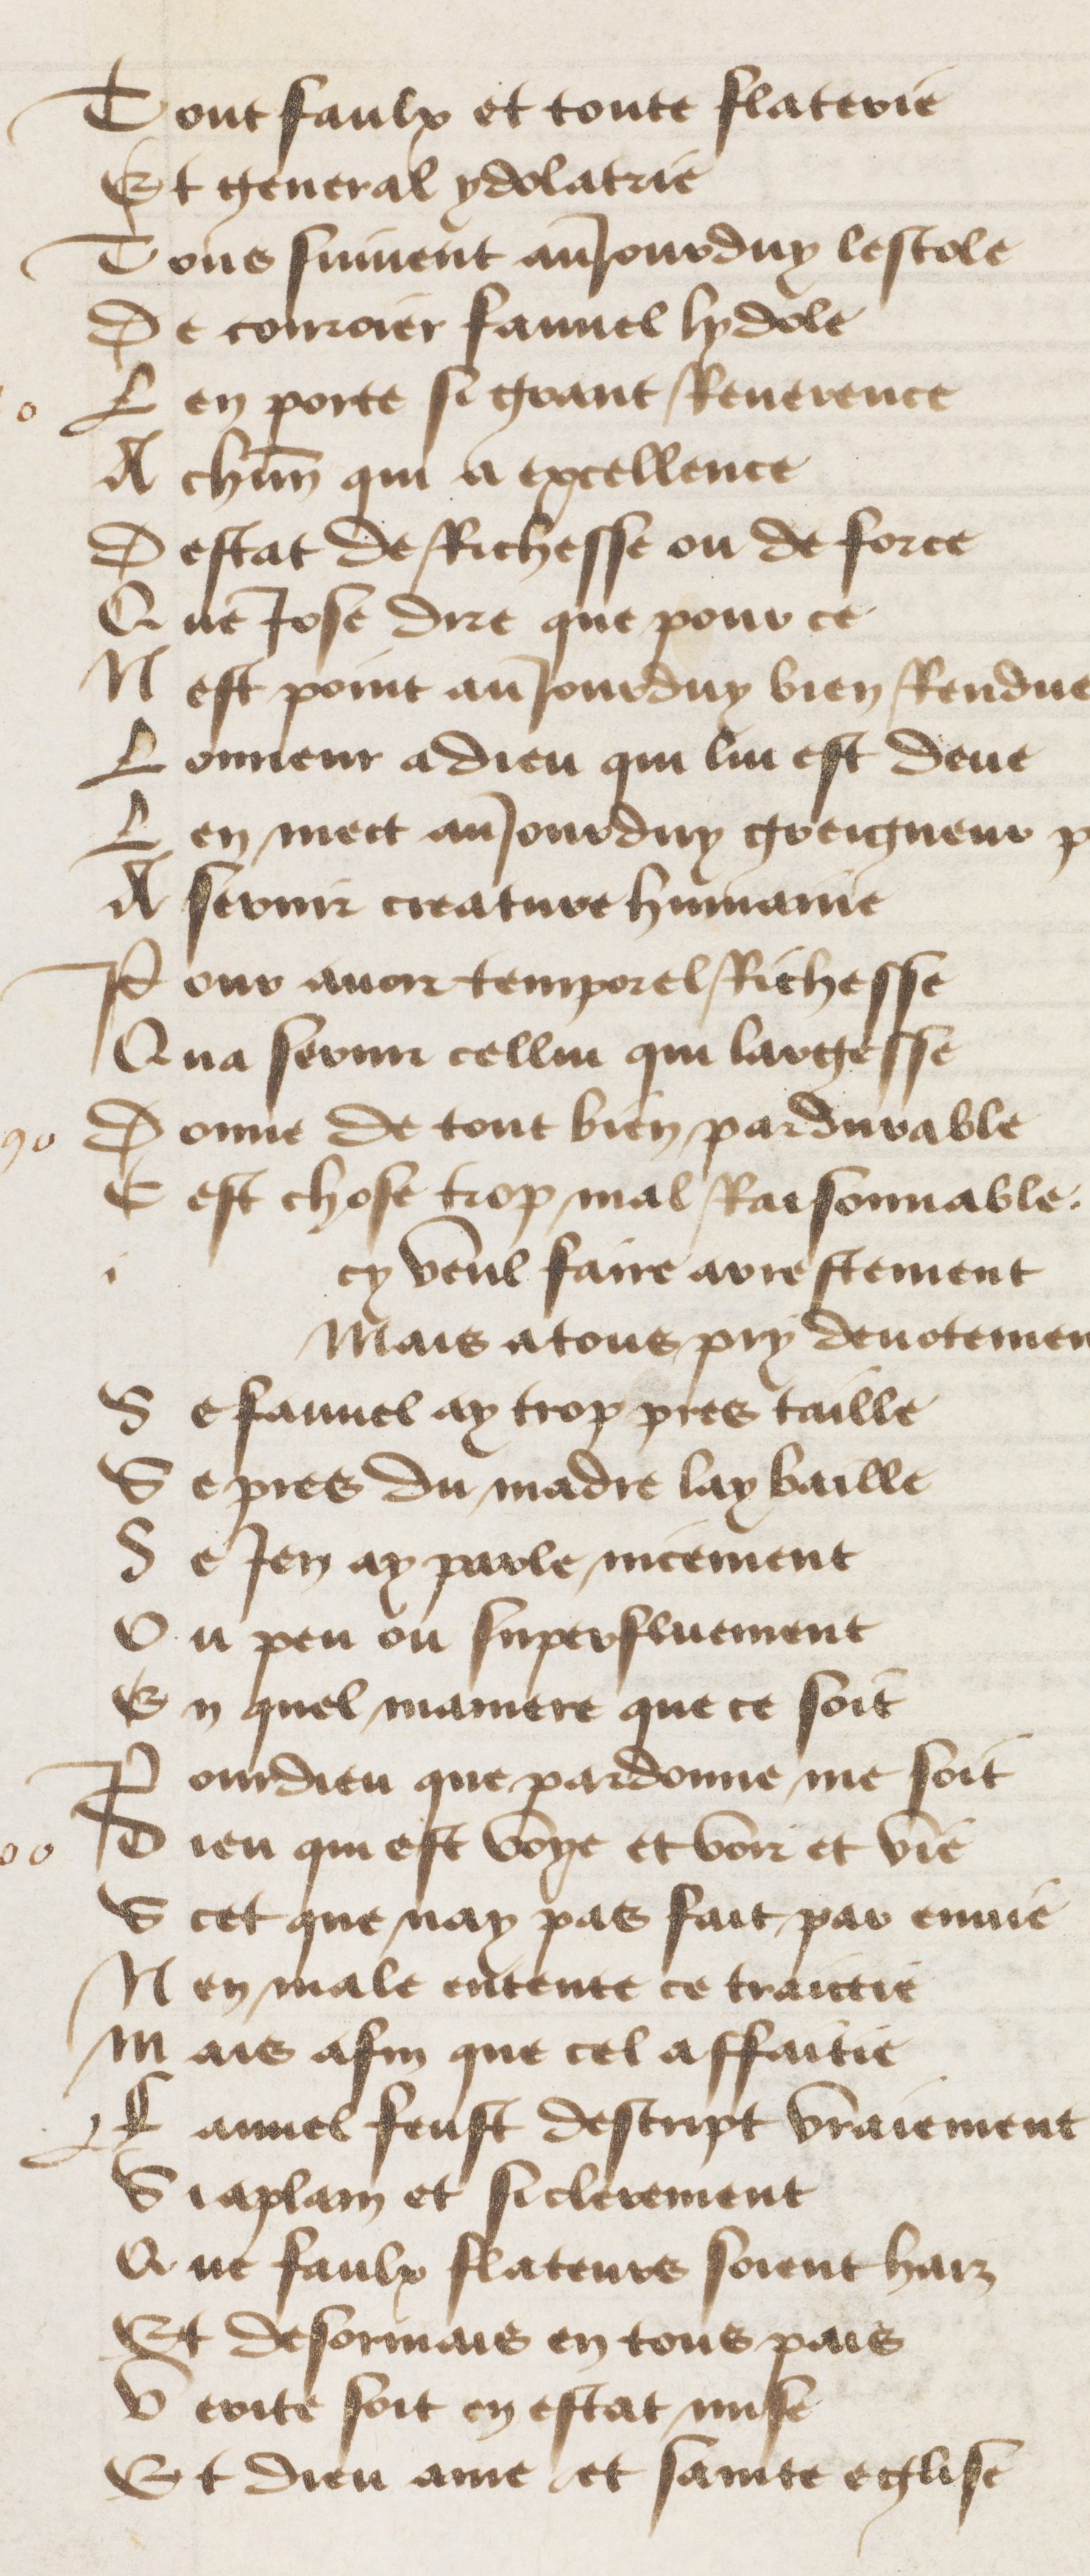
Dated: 1400–1499